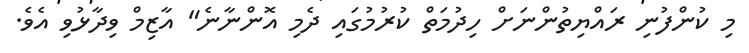
މި ކުންފުނި ރައްޔިތުންނަށް ހިދުމަތް ކުރުމުގައި ދެމި އޮންނާނެ" އާޒިމް ވިދާޅުވި އެވެ.